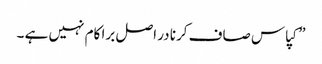
”کپاس صاف کرنا در اصل برا کام نہیں ہے ۔